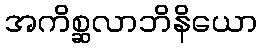
အကိစ္ဆလာဘိနိယော